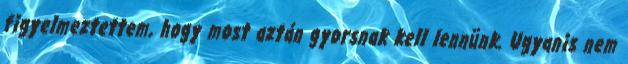
figyelmeztettem, hogy most aztán gyorsnak kell lennünk. Ugyanis nem